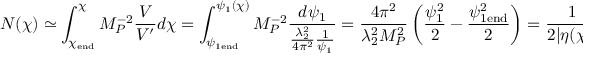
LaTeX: N ( \chi ) \simeq \int _ { \chi _ { \mathrm { e n d } } } ^ { \chi } M _ { P } ^ { - 2 } \frac { V } { V ^ { \prime } } d \chi = \int _ { \psi _ { 1 \mathrm { e n d } } } ^ { \psi _ { 1 } ( \chi ) } M _ { P } ^ { - 2 } \frac { d \psi _ { 1 } } { \frac { \lambda _ { 2 } ^ { 2 } } { 4 \pi ^ { 2 } } \frac { 1 } { \psi _ { 1 } } } = \frac { 4 \pi ^ { 2 } } { \lambda _ { 2 } ^ { 2 } M _ { P } ^ { 2 } } \left( \frac { \psi _ { 1 } ^ { 2 } } { 2 } - \frac { \psi _ { 1 \mathrm { e n d } } ^ { 2 } } { 2 } \right) = \frac { 1 } { 2 | \eta ( \chi ) | } - \frac { 1 } { 2 | \eta _ { \mathrm { e n d } } | } \; ,